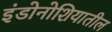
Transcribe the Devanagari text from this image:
इंडोनोशियातील